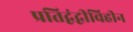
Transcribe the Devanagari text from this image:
प्रतिद्वंद्वीविहीन